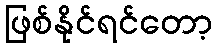
ဖြစ်နိုင်ရင်တော့